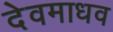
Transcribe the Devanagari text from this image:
देवमाधव